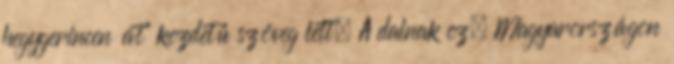
hegygerincen át” kezdetű szöveg lett. A dalnak ez, Magyarországon